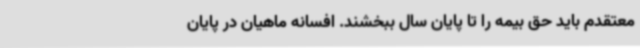
معتقدم باید حق بیمه را تا پایان سال ببخشند. افسانه ماهیان در پایان